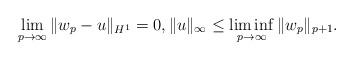
LaTeX: \begin{align*}\lim_{p\to\infty}\|w_p-u\|_{H^1}=0, \|u\|_{\infty}\leq \liminf_{p\to\infty} \|w_p\|_{p+1}.\end{align*}